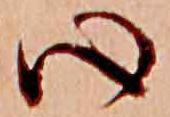
心